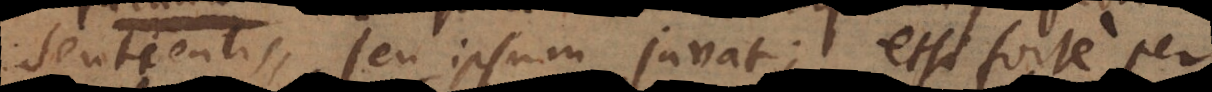
sentientis, seu ipsum juvat; etsi forte per